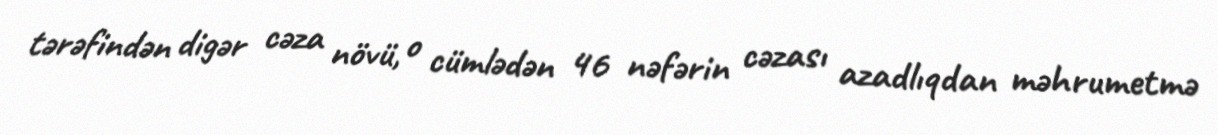
tərəfindən digər cəza növü, o cümlədən 46 nəfərin cəzası azadlıqdan məhrumetmə